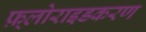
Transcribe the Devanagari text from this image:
फ़्लोराइडकरण